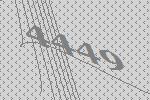
4449